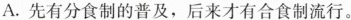
A.先有分食制的普及，后来才有合食制流行。